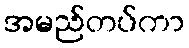
အမည်တပ်ကာ